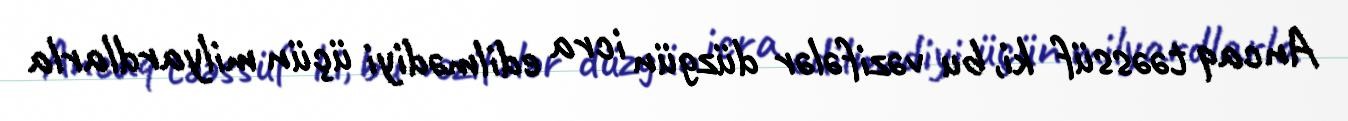
Ancaq təəssüf ki, bu vəzifələr düzgün icra edilmədiyi üçün milyardlarla